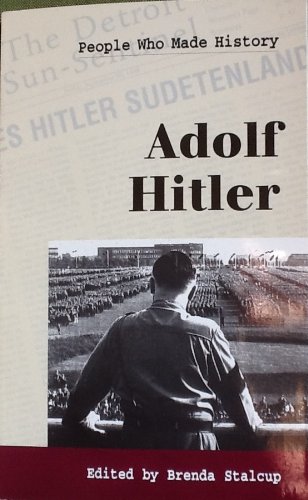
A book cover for People Who Made History - Adolf Hitler (paperback edition); Teen & Young Adult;